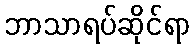
ဘာသာရပ်ဆိုင်ရာ